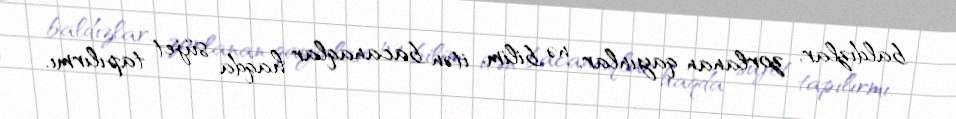
baldızlar, zorlanan qayınlar, nə bilim, itən bacanaqlar haqda süjet tapılırmı.